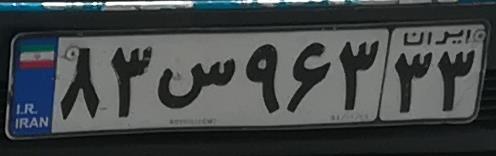
۸۳س۹۶۳۳۳